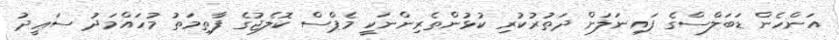
އަންހެން ޑަބަލްސްގެ ފައިނަލަށް ދަތުރުކުރި ކުޅުންތެރިންނަކީ މެޕްސް ކޮލެޖުގެ ފާތިމަތު މުހައްމަދު ސަޢީދު